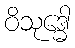
ဝိသုဒ္ဓေါ